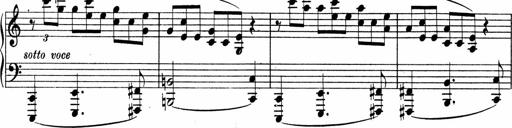
Title: Sonatina No.4
Composer: Abram Kimmell
Key: E minor